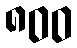
၈၀၀